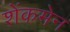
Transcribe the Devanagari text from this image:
शेंकमेन